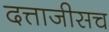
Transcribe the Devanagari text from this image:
दत्ताजीसच